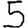
Digit: 5